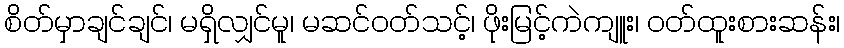
စိတ်မှာချင်ချင်၊ မရှိလျှင်မူ၊ မဆင်ဝတ်သင့်၊ ဖိုးမြင့်ကဲကျူး၊ ဝတ်ထူးစားဆန်း၊